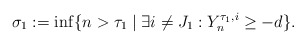
\begin{align*} \sigma_1 := \inf\{n > \tau_1 \mid \exists i \neq J_1: Y^{\tau_1,i}_n \geq -d\}.\end{align*}